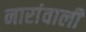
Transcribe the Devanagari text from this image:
नारांवाली